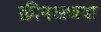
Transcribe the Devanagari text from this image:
क्रीमअथवा